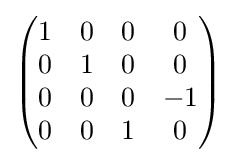
{\begin{pmatrix}1&0&0&0\\0&1&0&0\\0&0&0&-1\\0&0&1&0\end{pmatrix}}